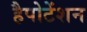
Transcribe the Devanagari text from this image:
हैपोटेंशन